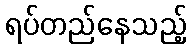
ရပ်တည်နေသည့်